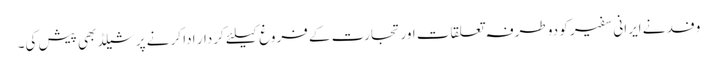
وفد نے ایرانی سفیر کو دو طرفہ تعلقات اور تجارت کے فروغ کیلئے کردار ادا کر نے پر شیلڈ بھی پیش کی۔